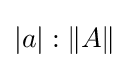
|a|:\left\|A\right\|